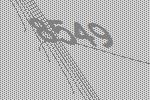
8549